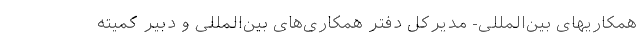
همکاریهای بین‌المللی- مدیرکل دفتر همکاری‌های بین‌المللی و دبیر کمیته